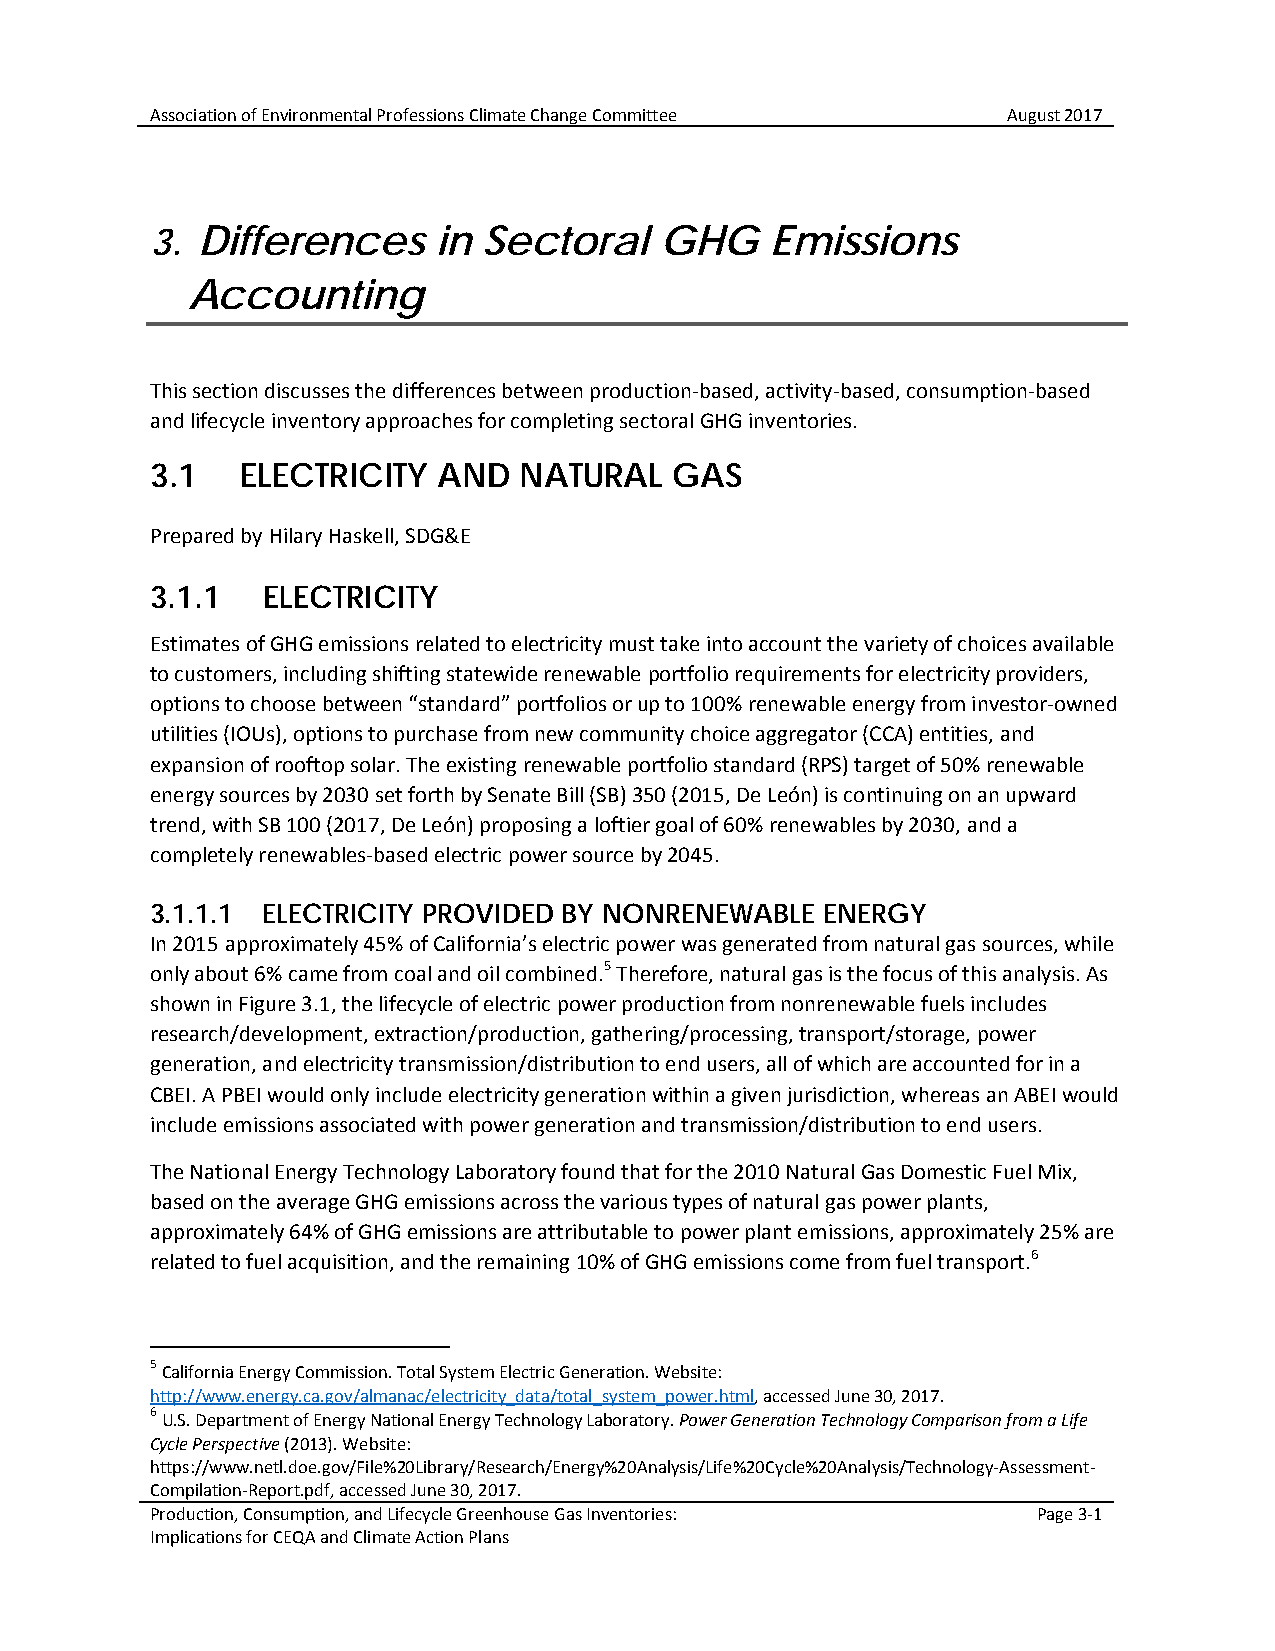
Association of Environmental Professions Climate Change Committee August 2017
 3. Differences     in Sectoral    GHG    Emissions
 Accounting
 This section discusses the differences between production-based, activity-based, consumption-based
 and lifecycle inventory approaches for completing sectoral GHG inventories.
 3.1   ELECTRICITY  AND  NATURAL   GAS
 Prepared by Hilary Haskell, SDG&E
 3.1.1  ELECTRICITY
 Estimates of GHG emissions related to electricity must take into account the variety of choices available
 to customers, including shifting statewide renewable portfolio requirements for electricity providers,
 options to choose between “standard” portfolios or up to 100% renewable energy from investor-owned
 utilities (IOUs), options to purchase from new community choice aggregator (CCA) entities, and
 expansion of rooftop solar. The existing renewable portfolio standard (RPS) target of 50% renewable
 energy sources by 2030 set forth by Senate Bill (SB) 350 (2015, De León) is continuing on an upward
 trend, with SB 100 (2017, De León) proposing a loftier goal of 60% renewables by 2030, and a
 completely renewables-based electric power source by 2045.
 3.1.1.1 ELECTRICITY PROVIDED BY NONRENEWABLE ENERGY
 In 2015 approximately 45% of California’s electric power was generated from natural gas sources, while
 only about 6% came from coal and oil combined.5 Therefore, natural gas is the focus of this analysis. As
 shown in Figure 3.1, the lifecycle of electric power production from nonrenewable fuels includes
 research/development, extraction/production, gathering/processing, transport/storage, power
 generation, and electricity transmission/distribution to end users, all of which are accounted for in a
 CBEI. A PBEI would only include electricity generation within a given jurisdiction, whereas an ABEI would
 include emissions associated with power generation and transmission/distribution to end users.
 The National Energy Technology Laboratory found that for the 2010 Natural Gas Domestic Fuel Mix,
 based on the average GHG emissions across the various types of natural gas power plants,
 approximately 64% of GHG emissions are attributable to power plant emissions, approximately 25% are
 related to fuel acquisition, and the remaining 10% of GHG emissions come from fuel transport.6
 5
 California Energy Commission. Total System Electric Generation. Website:
 http://www.energy.ca.gov/almanac/electricity_data/total_system_power.html, accessed June 30, 2017.
 6
 U.S. Department of Energy National Energy Technology Laboratory. Power Generation Technology Comparison from a Life
 Cycle Perspective (2013). Website:
 https://www.netl.doe.gov/File%20Library/Research/Energy%20Analysis/Life%20Cycle%20Analysis/Technology-Assessment-
 Compilation-Report.pdf, accessed June 30, 2017.
 Production, Consumption, and Lifecycle Greenhouse Gas Inventories: Page 3-1
 Implications for CEQA and Climate Action Plans